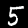
Label: 5